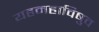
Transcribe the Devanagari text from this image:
यहमहाविषुव